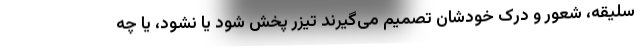
سلیقه، شعور و درک خودشان تصمیم می‌گیرند تیزر پخش شود یا نشود، یا چه